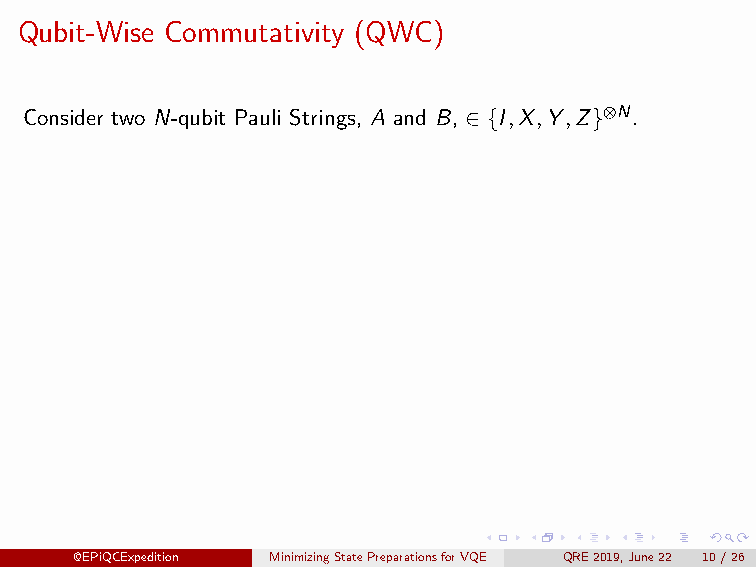
Definition: QWC
 A and B QWC iff [A ,B ] = 0 ∀i
 i  i
 Examples
 X Y Z Y I Y
 QWC:
 I Y Z I I I
 X Y Z Y I Y
 Not QWC:
 I Y Z X I I
 Qubit-Wise Commutativity (QWC)
 Consider two N-qubit Pauli Strings, A and B, ∈ {I,X,Y,Z}⊗N.
 @EPiQCExpedition MinimizingStatePreparationsforVQE QRE2019,June22 10/26